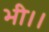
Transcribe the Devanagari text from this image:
भी।।